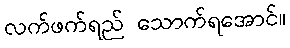
လက်ဖက်ရည် သောက်ရအောင်။